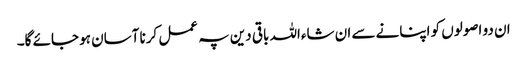
ان دو اصولوں کو اپنانے سے ان شاءاللہ باقی دین پہ عمل کرنا آسان ہو جائے گا۔